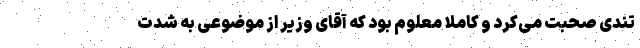
تندی صحبت می‌کرد و کاملاً معلوم بود که آقای وزیر از موضوعی به شدت